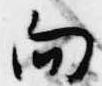
向